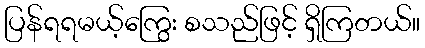
ပြန်ရရမယ့်ကြွေး စသည်ဖြင့် ရှိကြတယ်။